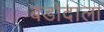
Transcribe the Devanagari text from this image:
बडोदाला